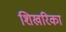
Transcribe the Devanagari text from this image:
शिखरिका